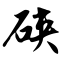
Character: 硖